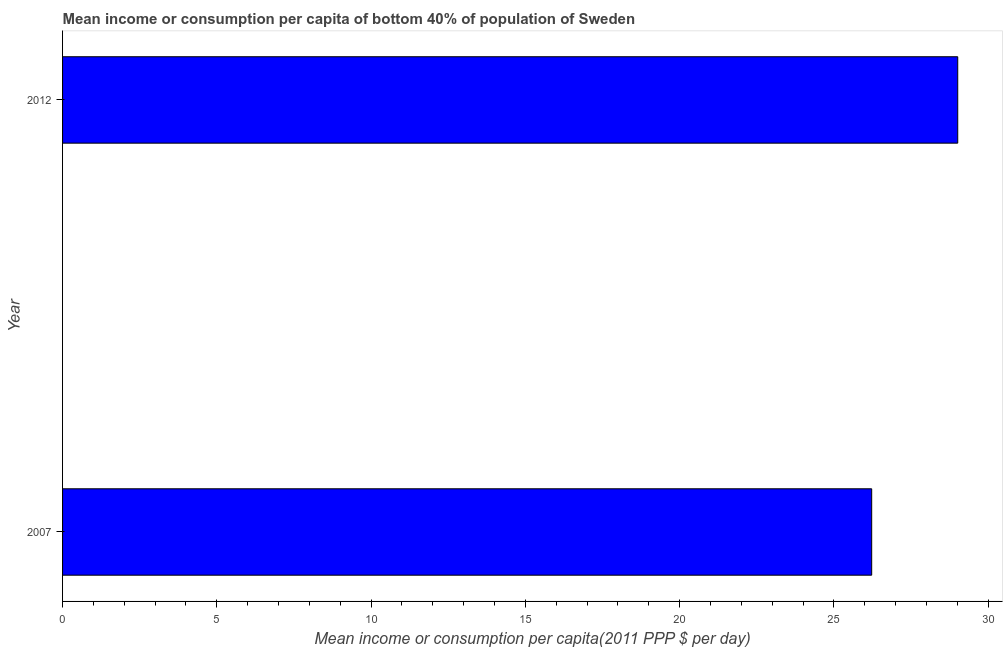
| Year | Bottom 40percent |
 | --- | --- |
 | 2007 | 26.2 |
 | 2012 | 29 |